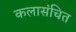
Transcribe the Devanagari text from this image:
कलासंचित